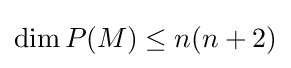
\dim P(M)\leq n(n+2)